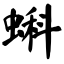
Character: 蝌